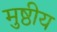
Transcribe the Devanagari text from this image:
मुष्ठीय